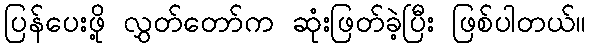
ပြန်ပေးဖို့ လွှတ်တော်က ဆုံးဖြတ်ခဲ့ပြီး ဖြစ်ပါတယ်။